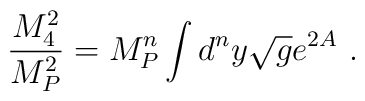
\frac{M_4^2}{M_P^2} = M_P^n \int d^ny \sqrt{g} e^{2A}\ .